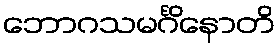
ဘောဂသမင်္ဂိနောတိ